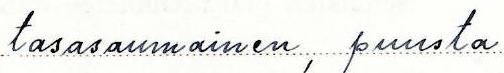
tasasaumainen, puusta